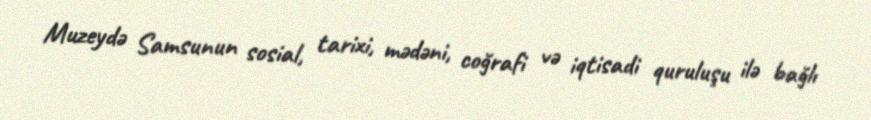
Muzeydə Samsunun sosial, tarixi, mədəni, coğrafi və iqtisadi quruluşu ilə bağlı